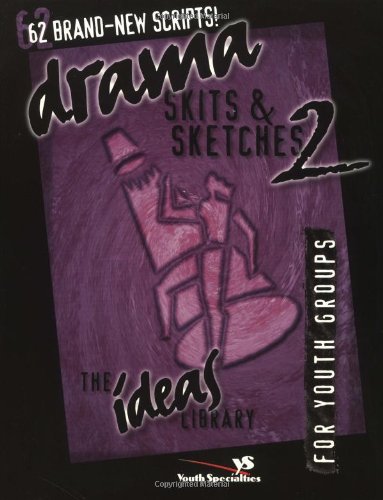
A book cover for Drama, Skits, and Sketches 2 (Ideas Library, The); Youth Specialties; Christian Books & Bibles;